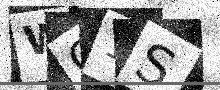
Text: WC1S